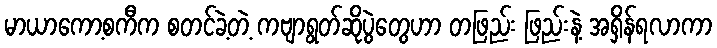
မာယာကော့စကီက စတင်ခဲ့တဲ့ ကဗျာရွတ်ဆိုပွဲတွေဟာ တဖြည်း ဖြည်းနဲ့ အရှိန်ရလာကာ